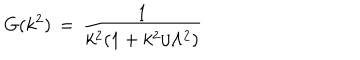
G ( k ^ { 2 } ) \, = \, \frac { 1 } { k ^ { 2 } ( 1 + k ^ { 2 } / \Lambda ^ { 2 } ) }